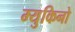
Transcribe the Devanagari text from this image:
म्युकिनो